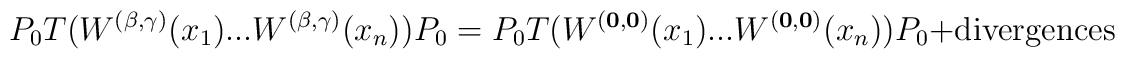
P_{0}T(W^{(\mathbf{\beta},\mathbf{\gamma})}(x_{1})...W^{(\mathbf{\beta}, \mathbf{\gamma})}(x_{n}))P_{0}=P_{0}T(W^{(\mathbf{0},\mathbf{0})}(x_{1})...W^{(\mathbf{0},\mathbf{0})}(x_{n}))P_{0}+\mathrm{divergences}